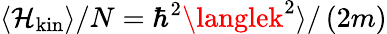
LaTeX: \langle\mathcal{H}_{\mathrm{{kin}}}\rangle/N=\hbar^{2}\langlek^{2}\rangle/\left(2m\right)